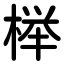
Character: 榉